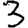
Digit: 3